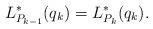
LaTeX: \begin{align*} L_{P_{k-1}}^{\ast}(q_{k})= L_{P_{k}}^{\ast}(q_{k}).\end{align*}